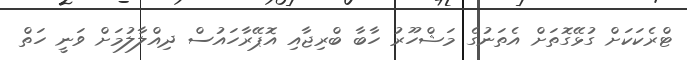
ޓްރެކަކަށް ގުޅޭގޮތަށް އެތަނުގެ މަޝްހޫރު ހާބާ ބްރިޖާއި އޮޕޭރާހައުސް ދިއްލާލުމަށް ވަނީ ހަތް